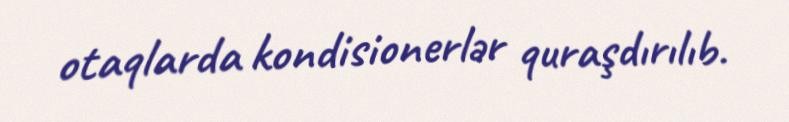
otaqlarda kondisionerlər quraşdırılıb.